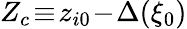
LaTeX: Z_{c}\! \equiv\! z_{i0}\! -\! \Delta(\xi_{0})